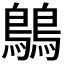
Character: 𪅝